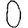
Digit: 0